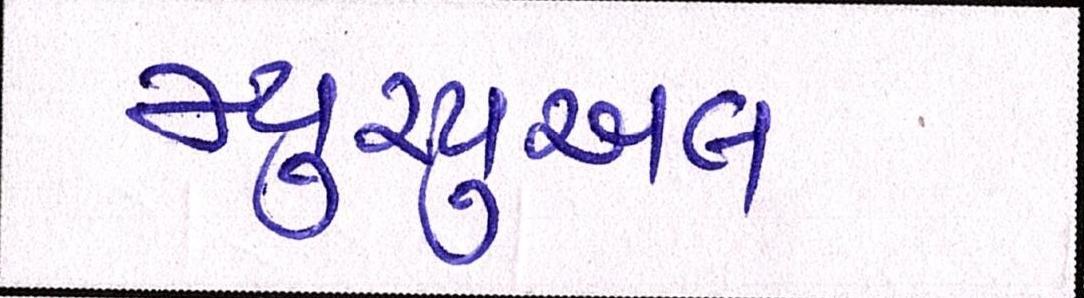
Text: મ્યુચ્યુઅલ